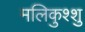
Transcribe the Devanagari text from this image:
मलिकुश्शु